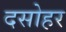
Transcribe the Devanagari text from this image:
दसोहर